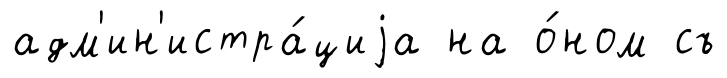
адм'ин'истра́циjа на о́ном съ